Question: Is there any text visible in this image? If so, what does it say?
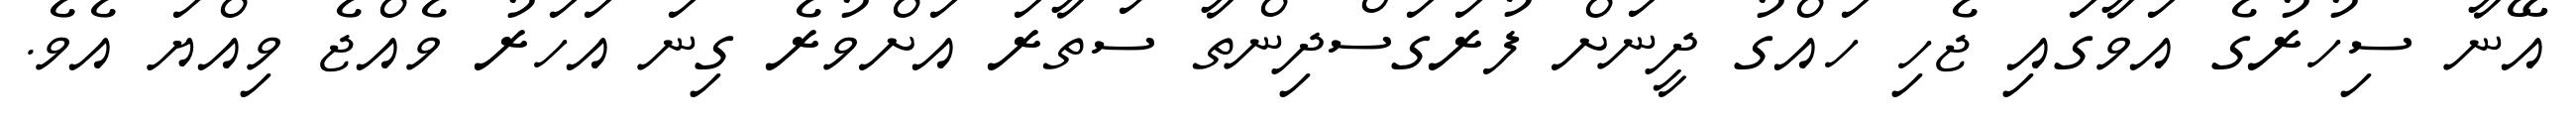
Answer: އޭނާ ސިހުރުގެ އަވާގައި ޖެހި ހައްގު ދީނަށް ފުރަގަސްދިންތާ ސަތާރަ އަށްވުރެ ގިނަ އަހަރު ވެއްޖެ ވިއްޔަ އެވެ.